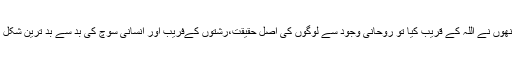
اپنے ظاہری وجود سے اُنھوں نے اللہ کے قریب کیا تو روحانی وجود سے لوگوں کی اصل حقیقت،رشتوں کےفریب اور انسانی سوچ کی بد سے بد ترین شکل تک رسائی دے رہی ہیں۔